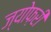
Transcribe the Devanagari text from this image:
ज्योफ़री